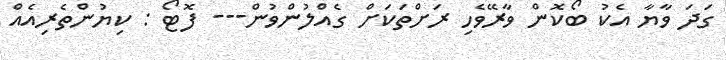
ގަދަ ވާޔާ އެކު ބޯކޮން ވާރޭވެހި ރަށްތަކަށް ގެއްލުންވުން--- ފޮޓޯ : ކިޔުންތެރިއެއް